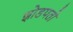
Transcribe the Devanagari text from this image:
झोडपतो